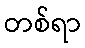
တစ်ရာ